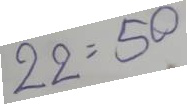
22 = 50